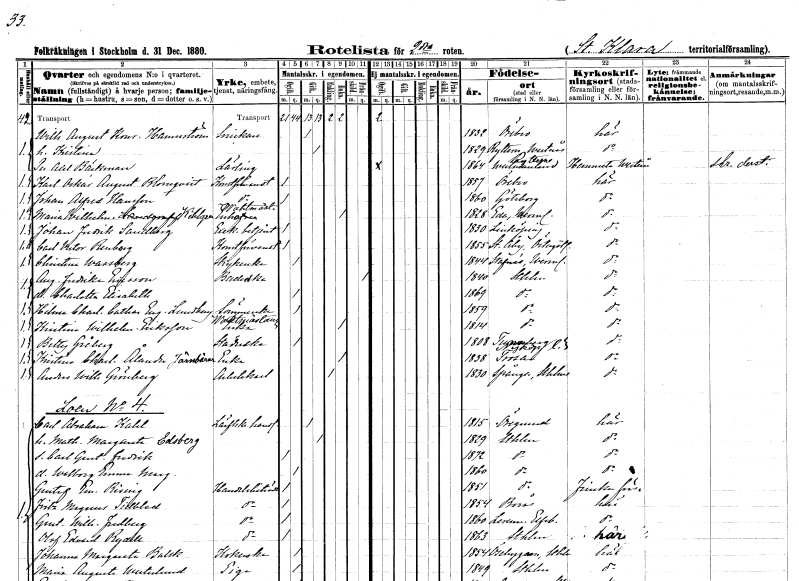
gt_parse: households: individuals: FN: Wilhelm August Konrad
EN: Hamnström
YRKE: Snickare
KON: M
CIV: G
FODAR: 1832
FODFORS: Örebro Örebro län
FN: Kristina
KON: K
CIV: G
FODAR: 1829
FODFORS: Rytterne Västmanlands län
FN: Per Axel
EN: Bäckman
YRKE: Lärling
KON: M
CIV: O
FODAR: 1864
FODFORS: Rytterne Västmanlands län
FN: Karl Oskar August
EN: Blomqvist
YRKE: Konstförvandt
KON: M
CIV: O
FODAR: 1857
FODFORS: Örebro Örebro län
FN: Johan Alfred
EN: Hansson
YRKE: Konstförvandt
KON: M
CIV: O
FODAR: 1860
FODFORS: Göteborg Göteborgs- och Bohuslän
FN: Maria Wilhelmina
EN: Kihlgren
YRKE: Vaktmästareänka
KON: K
CIV: E
FODAR: 1828
FODFORS: Eda Värmlands län
FN: Johan Fredrik
EN: Sandberg
YRKE: Exekutionsbetjänt
KON: M
CIV: O
FODAR: 1830
FODFORS: Linköping Östergötlands län
FN: Carl Victor
EN: Renborg
YRKE: Konstförvandt
KON: M
CIV: O
FODAR: 1855
FODFORS: Stora Åby Östergötlands län
FN: Christina
EN: Wassberg
YRKE: Strykerska
KON: K
CIV: O
FODAR: 1844
FODFORS: Stavnäs Värmlands län
FN: Augusta Fredrika
EN: Eriksson
YRKE: Baderska
KON: K
CIV: X
FODAR: 1840
FODFORS: Stockholm
FN: Charlotta Elisabeth
KON: K
CIV: O
FODAR: 1869
FODFORS: Stockholm
FN: Hilma Charlotta Catharina Eugenia
EN: Lundberg
YRKE: Sömmerska
KON: K
CIV: O
FODAR: 1859
FODFORS: Stockholm
FN: Kristina Wilhelmina
EN: Eriksson
YRKE: Vaktmästareänka
KON: K
CIV: E
FODAR: 1814
FODFORS: Stockholm
FN: Betty
EN: Gråberg
YRKE: Städerska
KON: K
CIV: O
FODAR: 1808
FODFORS: Tystberga Södermanlands län
FN: Kristina Charlotta
EN: Ålander
YRKE: Järnbärareänka
KON: K
CIV: E
FODAR: 1838
FODFORS: Trosa Södermanlands län
FN: Anders Wilhelm
EN: Grönberg
YRKE: Arbetskarl
KON: M
CIV: E
FODAR: 1830
FODFORS: Spånga Stockholms län